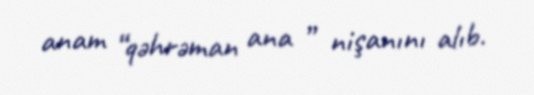
anam “qəhrəman ana ” nişanını alıb.